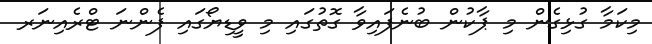
މިކަމާ ގުޅިގެން މި ޕާކުން ބުނެފައިވާ ގޮތުގައި މި ވީޑިޔޯގައި ފެންނަ ޓްރެއިނަރ